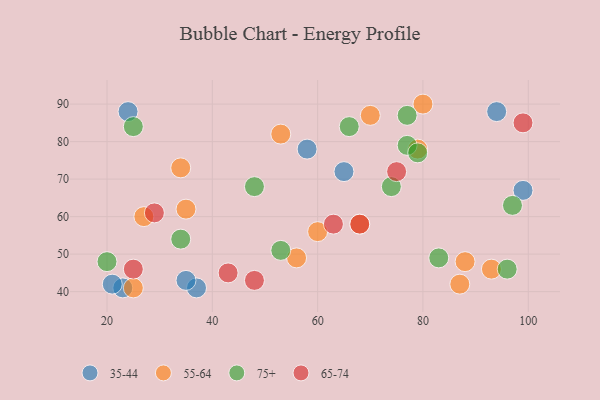
{"axis": {"x": "GDP", "y": "Life Expectancy"}, "legend": ["35-44", "55-64", "65-74", "75+"], "data": [{"x": "24", "y": 88, "type": "35-44"}, {"x": "23", "y": 41, "type": "35-44"}, {"x": "99", "y": 67, "type": "35-44"}, {"x": "58", "y": 78, "type": "35-44"}, {"x": "94", "y": 88, "type": "35-44"}, {"x": "21", "y": 42, "type": "35-44"}, {"x": "65", "y": 72, "type": "35-44"}, {"x": "37", "y": 41, "type": "35-44"}, {"x": "35", "y": 43, "type": "35-44"}, {"x": "60", "y": 56, "type": "55-64"}, {"x": "93", "y": 46, "type": "55-64"}, {"x": "56", "y": 49, "type": "55-64"}, {"x": "80", "y": 90, "type": "55-64"}, {"x": "68", "y": 58, "type": "55-64"}, {"x": "35", "y": 62, "type": "55-64"}, {"x": "53", "y": 82, "type": "55-64"}, {"x": "87", "y": 42, "type": "55-64"}, {"x": "25", "y": 41, "type": "55-64"}, {"x": "27", "y": 60, "type": "55-64"}, {"x": "34", "y": 73, "type": "55-64"}, {"x": "88", "y": 48, "type": "55-64"}, {"x": "70", "y": 87, "type": "55-64"}, {"x": "79", "y": 78, "type": "55-64"}, {"x": "34", "y": 54, "type": "75+"}, {"x": "66", "y": 84, "type": "75+"}, {"x": "77", "y": 79, "type": "75+"}, {"x": "53", "y": 51, "type": "75+"}, {"x": "97", "y": 63, "type": "75+"}, {"x": "25", "y": 84, "type": "75+"}, {"x": "74", "y": 68, "type": "75+"}, {"x": "83", "y": 49, "type": "75+"}, {"x": "79", "y": 77, "type": "75+"}, {"x": "96", "y": 46, "type": "75+"}, {"x": "48", "y": 68, "type": "75+"}, {"x": "20", "y": 48, "type": "75+"}, {"x": "77", "y": 87, "type": "75+"}, {"x": "99", "y": 85, "type": "65-74"}, {"x": "63", "y": 58, "type": "65-74"}, {"x": "75", "y": 72, "type": "65-74"}, {"x": "29", "y": 61, "type": "65-74"}, {"x": "68", "y": 58, "type": "65-74"}, {"x": "25", "y": 46, "type": "65-74"}, {"x": "43", "y": 45, "type": "65-74"}, {"x": "48", "y": 43, "type": "65-74"}]}